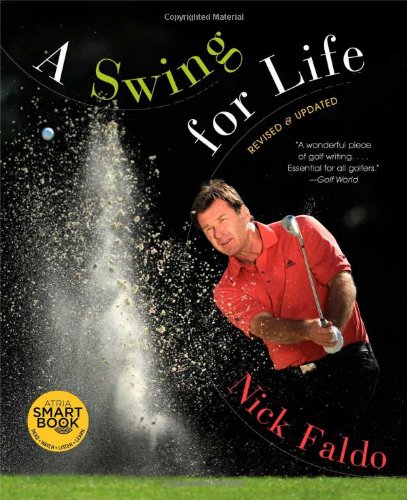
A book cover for A Swing for Life: Revised and Updated; Nick Faldo; Biographies & Memoirs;